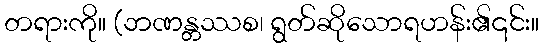
တရားကို။ (ဘဏန္တဿစ၊ ရွတ်ဆိုသောရဟန်း၏၎င်း။